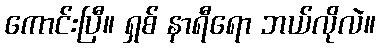
ကောင်းပြီ။ ရှစ် နာရီရော ဘယ်လိုလဲ။